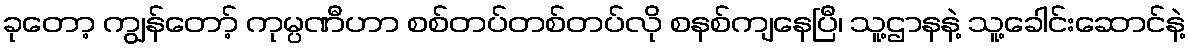
ခုတော့ ကျွန်တော့် ကုမ္ပဏီဟာ စစ်တပ်တစ်တပ်လို စနစ်ကျနေပြီ၊ သူ့ဌာနနဲ့ သူ့ခေါင်းဆောင်နဲ့